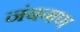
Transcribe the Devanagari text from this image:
नंबगण